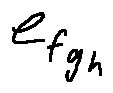
e _ { f _ { g _ { h } } }